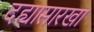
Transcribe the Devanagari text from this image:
दह्यासारखा